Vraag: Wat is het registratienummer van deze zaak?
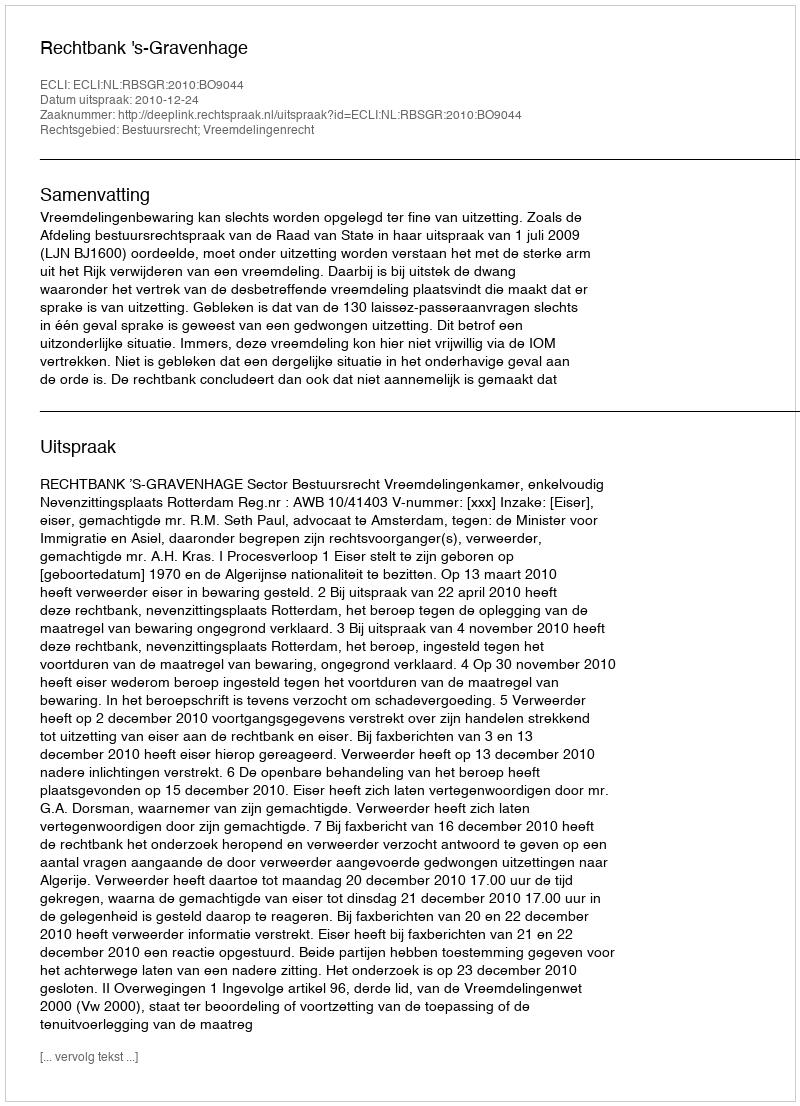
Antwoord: http://deeplink.rechtspraak.nl/uitspraak?id=ECLI:NL:RBSGR:2010:BO9044